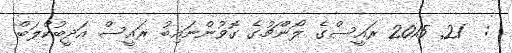
:  21